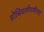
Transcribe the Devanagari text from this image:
डोंबिवलीपर्यंतचा